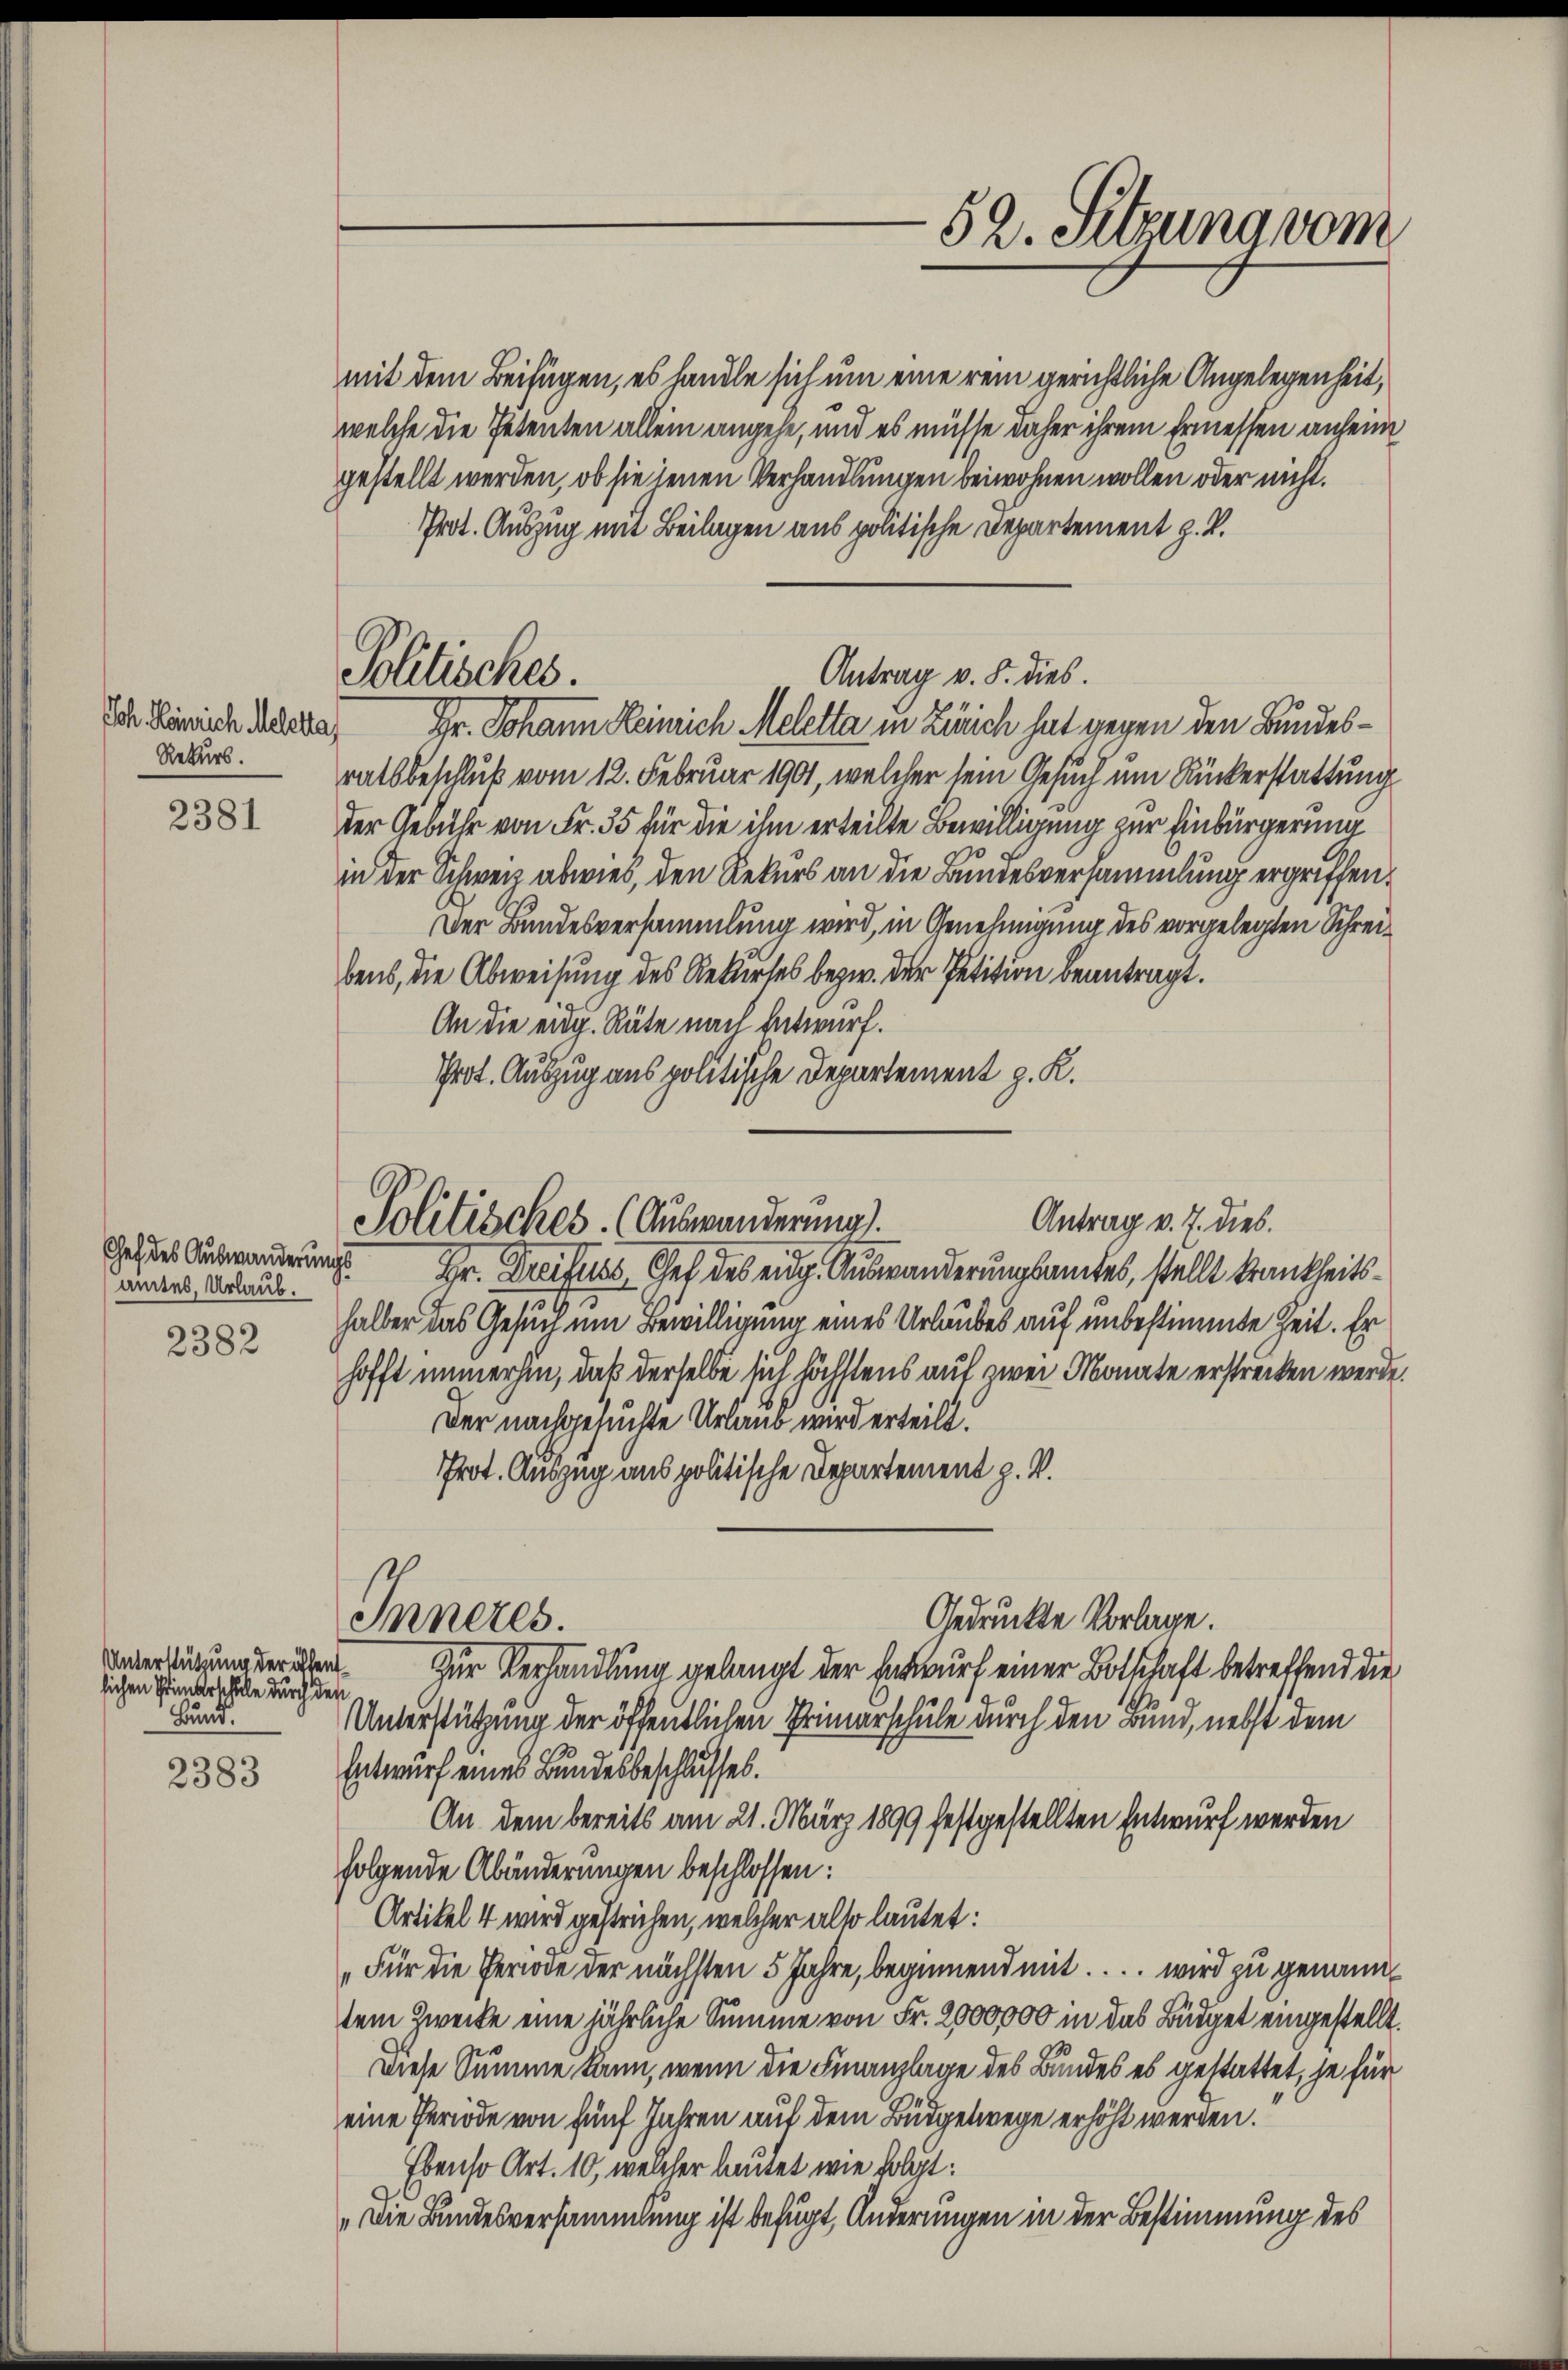
Joh. Heinrich Meletta,
Rekurs.

2381

2383

Chef des Auswanderungs
aites, Urlaub.
2382

Unterstützung der öffentlichen Primarschule durch den
Bund.

mit dem Beifügen, es handle sich um eine rein gerichtliche Angelegenheit,
welche die Petenten allein angehe, und es müsse daher ihrem Ermessen anheim
gestellt werden, ob sie jenen Verhandlungen beiwohnen wollen oder nicht.
Prot. Auszug mit Beilagen aus politische Departement z. B.
ratsbeschluß vom 12. Februar 1901, welcher sein Gesuch um Rückerstattung
der Gebühr von Fr. 35 für die ihm erteilte Bewilligung zur Einbürgerung
in der Schweiz abwies, den Rekurs an die Bundesversammlung ergriffen¬
Der Bundesversammlung wird, in Genehmigung des vorgelegten Schreibens, die Abweisung des Rekurses bezw. der Petition beantragt.
An die eidg. Räte nach Entwurf.
Prot. Auszug aus politische Departement z. K.
Hr. Dreifels Chef des eidg. Auswanderungsamtes, stellt krankheitshalber das Gesuch um Bewilligung eines Urlaubes auf unbestimmte Zeit. Er
hofft immerhin, daß derselbe sich höchstens auf zwei Monate erstrecken werde.
Der nachgesuchte Urlaub wird erteilt.
Prot. Auszug aus politische Departement z. V.
Gedruckte Vorlage.
Inneres.
Zur Verhandlung gelangt der Entwurf einer Botschaft betreffend die
Unterstützung der öffentlichen Primarschule durch den Bund, nebst dem
Entwurf eines Bundesbeschlusses.
An dem bereits am 21. März 1899 festgestellten Entwurf werden
folgende Abänderungen beschlossen:
Artikel 4 wird gestrichen, welcher also lautet:
„Für die Periode der nächsten 5 Jahre, beginnend mit. . . wird zu genanntem Zwecke eine jährliche Summe von Fr. 2000,000 in das Büdget eingestellt.
Diese Summe kann, wenn die Finanzlage des Bundes es gestattet, je für
eine Periode von fünf Jahren auf dem Büdgetwege erhöht werden.
Ebenso Art. 10, welcher lautet wie folgt:
„Die Bundesversammlung ist befügt, Änderungen in der Bestimmung des

Pollisches.

Politisches. (Auswanderung.

Antrag v. S. dies
Gr. Johann Heinrich Meletta in Zürich hat gegen den Bundes¬

52. Setzung vom

Antrag v. J. dies.